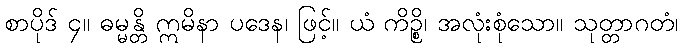
စာပိုဒ် ၄။ ဓမ္မန္တိ ဣမိနာ ပဒေန၊ ဖြင့်။ ယံ ကိဉ္စိ၊ အလုံးစုံသော။ သုတ္တာဂတံ၊